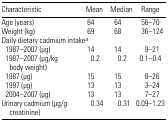
| Characteristic | Mean | Median | Range |
 | --- | --- | --- | --- |
 | Age (years) | 64 | 64 | 56–70 |
 | Weight (kg) | 69 | 68 | 36–124 |
 | <COLSPAN=4> Daily dietary cadmium intakea |
 | 1987–2007 (μg) | 14 | 14 | 9–21 |
 | 1987–2007 (μg/kg body weight) | 0.2 | 0.2 | 0.1–0.4 |
 | 1987 (μg) | 15 | 15 | 8–26 |
 | 1997 (μg) | 13 | 13 | 3–24 |
 | 2004–2007 (μg) | 13 | 13 | 7–27 |
 | Urinary cadmium (μg/g creatinine) | 0.34 | 0.31 | 0.09–1.23 |